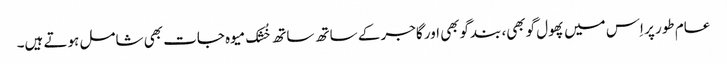
عام طور پر اِس میں پھول گوبھی، بندگوبھی اور گاجر کے ساتھ ساتھ خُشک میوہ جات بھی شامل ہوتے ہیں۔